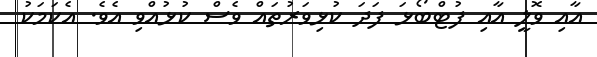
އާއި ވޮލީ އާއި ފުޓްބޯޅަ ފަދަ ކުޅިވަރުތައް ވެސް ކުޅުއްވި އެވެ. އެކަމަކު